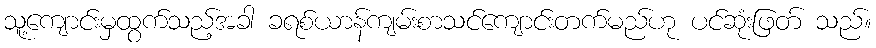
သူ့ကျောင်းမှထွက်သည့်အခါ ခရစ်ယာန်ကျမ်းစာသင်ကျောင်းတက်မည်ဟု ပင်ဆုံးဖြတ် သည်။